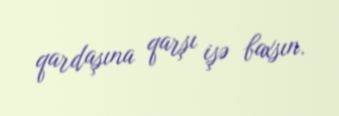
qardaşına qarşı işə baxsın.